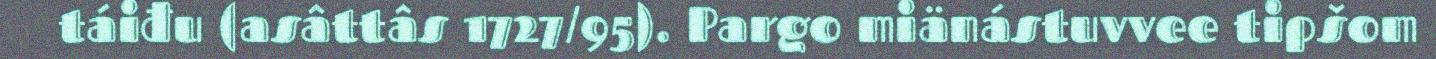
táiđu (asâttâs 1727/95). Pargo miänástuvvee tipšom